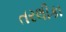
તરલીકા